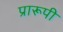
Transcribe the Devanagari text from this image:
प्रारूपी